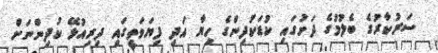
ސަރުކާރުގެ ބެލުމުގެ ދަށުގައި ކުޑަކުދިންގެ ހިޔާ އަދި ފިޔަވަތީގައި ދިރިއުޅޭ ކުދިންނަށް